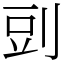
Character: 剅